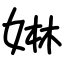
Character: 㛦